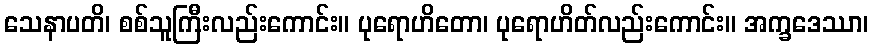
သေနာပတိ၊ စစ်သူကြီးလည်းကောင်း။ ပုရောဟိတော၊ ပုရောဟိတ်လည်းကောင်း။ အက္ခဒေဿာ၊